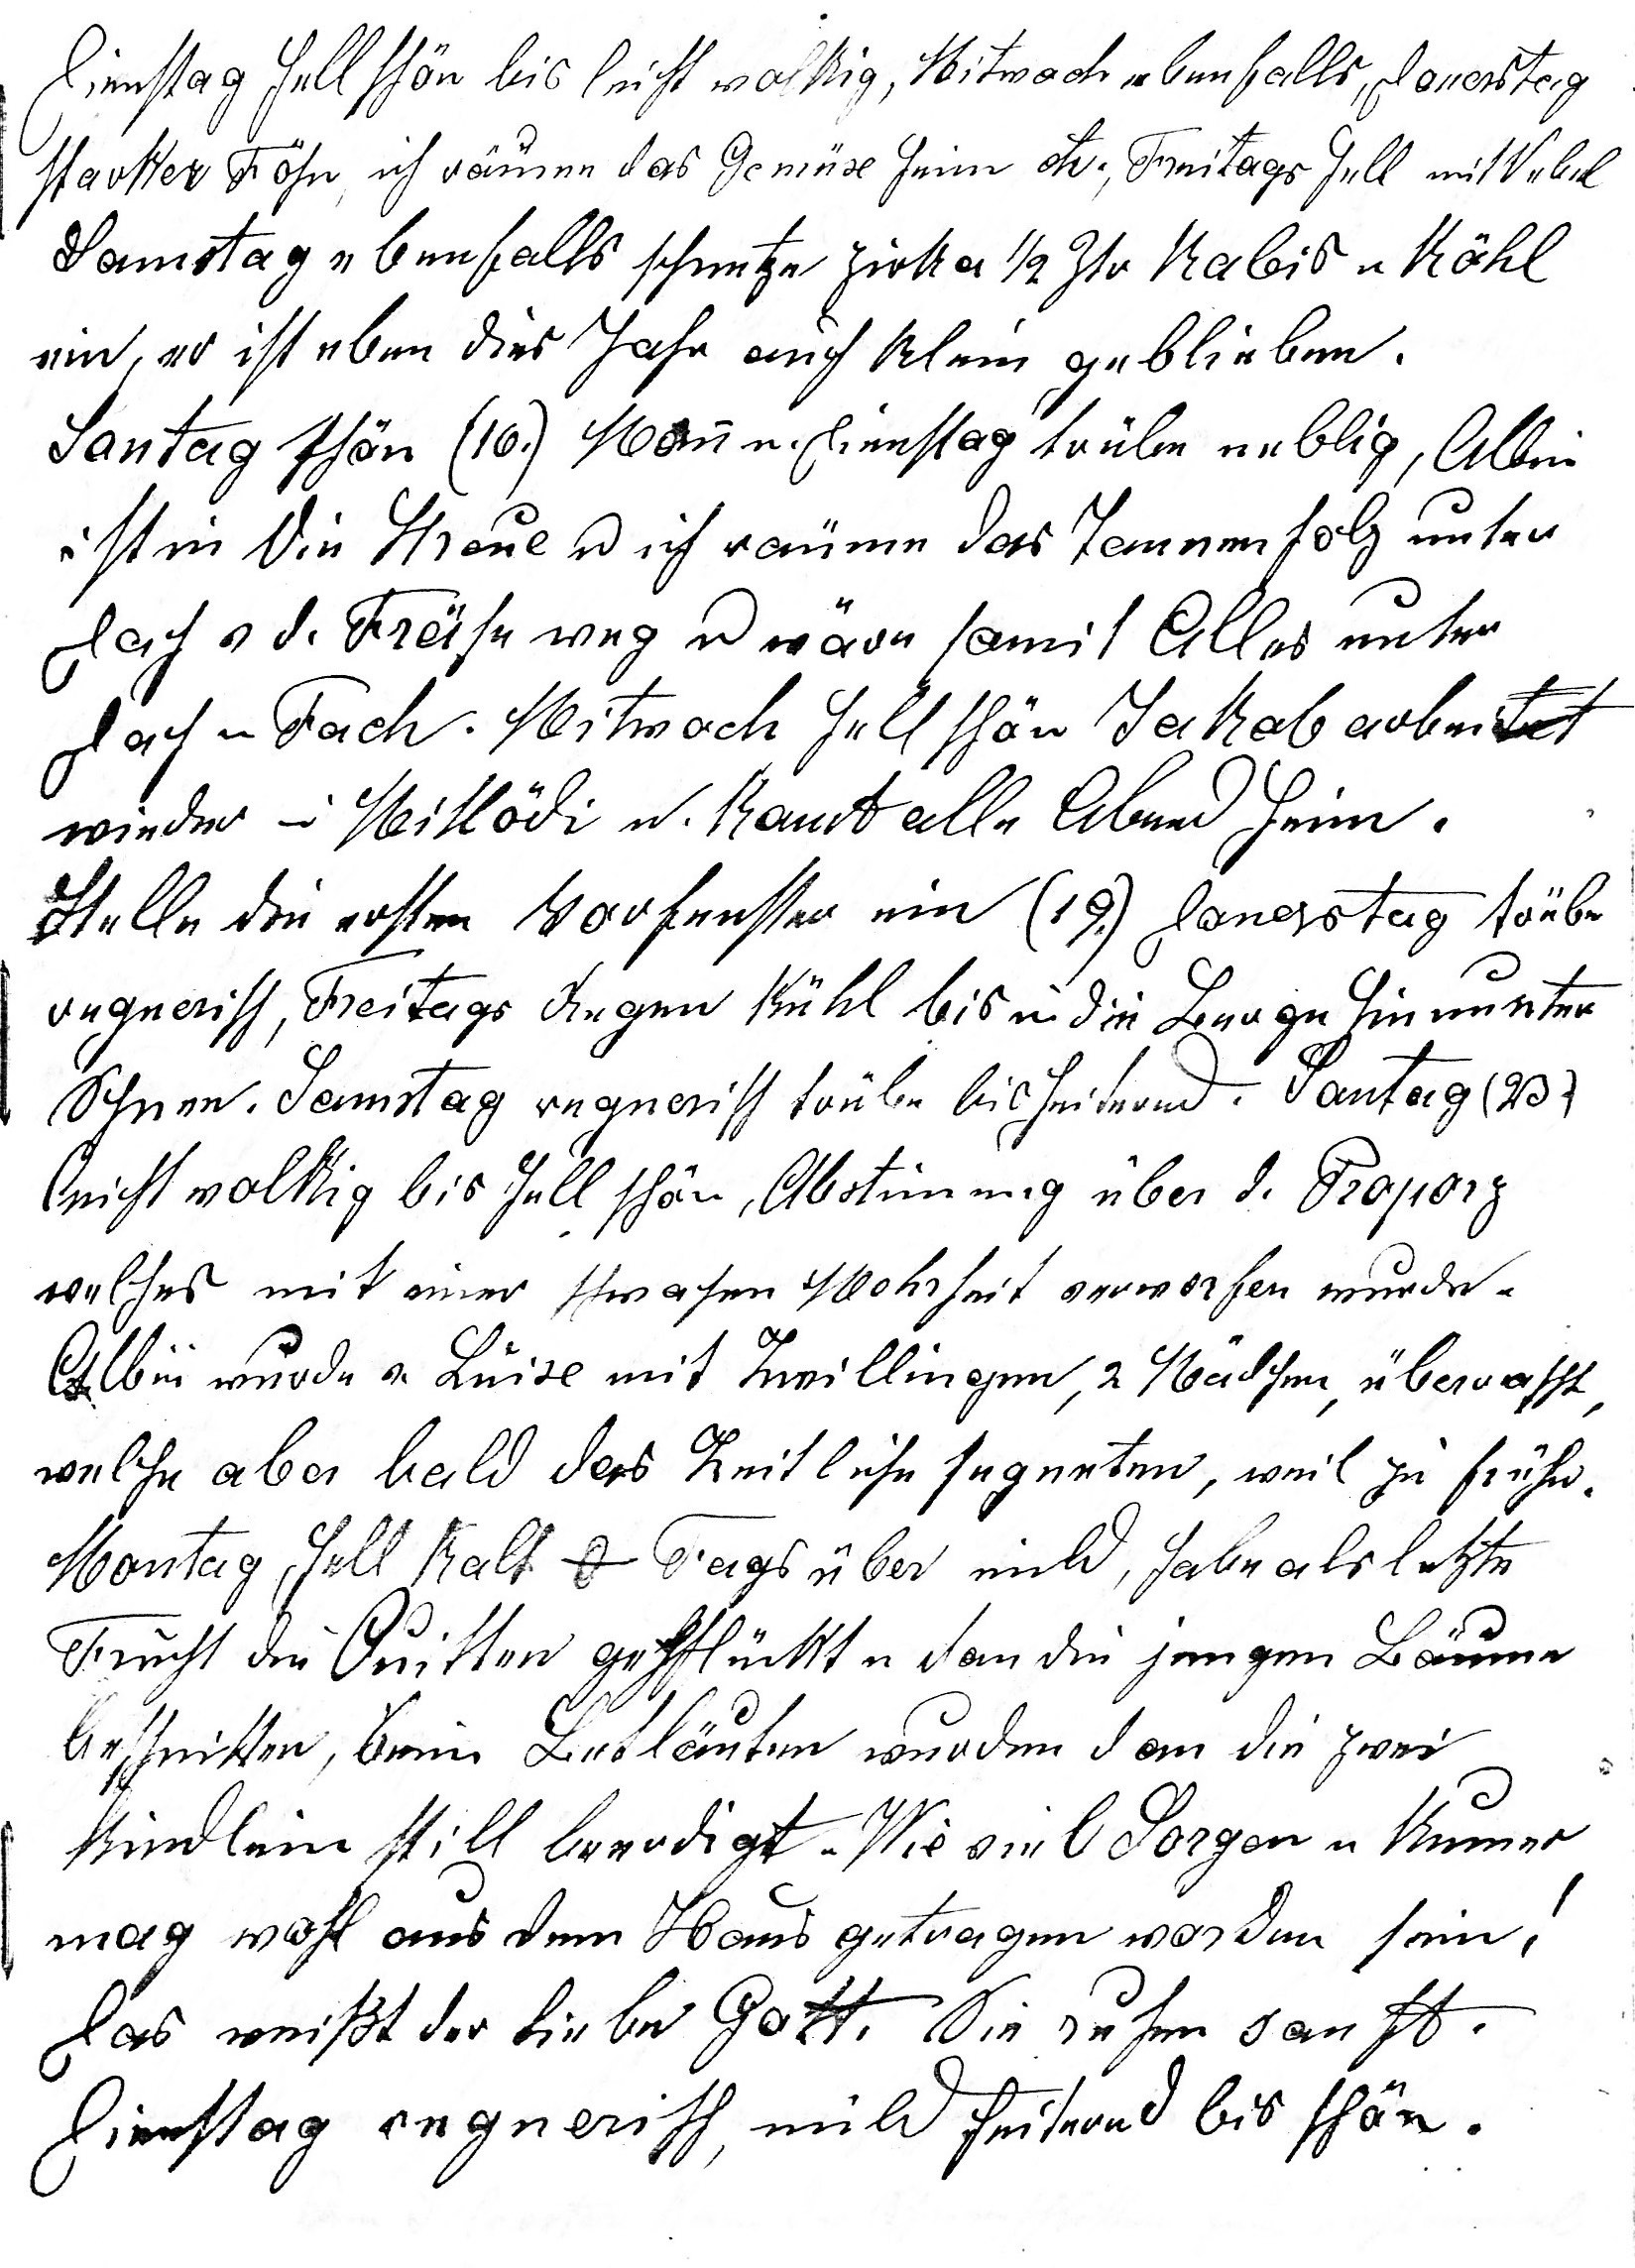
Dienstag hell schön bis leicht wolkig, Mitwoch ebenfalls, Donerstag
starker Föhn, ich räume das Gemüse heim etc., Freitags hell mit Nebel
Samstag ebenfalls schnetze zirka ½ Ztr. Kabis u Köhl
ein, er ist eben dies Jahr auch klein geblieben.
Sontag schön (16.) Mon- u Dienstag trübe neblig, Albin
ist in die Streue u ich räume das Tannenholz unter
Dach v. d. Frühe weg u wäre somit Alles unter
Dach u Fach. Mitwoch hell schön Jakob arbeitet
wieder in Mitlödi u komt alle Abend heim.
Stelle die ersten Vorfenster ein (19.) Donerstag trübe
regnerisch, Freitags Regen kühl bis in die Berge hinunter
Schnee. Samstag regnerisch trübe bis heiternd. Sontag (23.)
leicht wolkig bis hell schön, Abstimmung über d. Proporz
welches mit einer schwachen Mehrheit verworfen wurde.
Albin wurde v. Luise mit Zwillingen, 2 Mädchen, überrascht,
welche aber bald das Zeitliche segneten, weil zu früh.
Montag, hell kalt 0o. Tagsüber mild, habe als letzte
Frucht die Quitten gepflückt u dan die jungen Bäume
beschnitten, beim Betläuten wurden dan die zwei
Kindlein still beerdigt. Wie viel Sorgen u Kumer
mag wohl aus dem Haus getragen worden sein.
Das weiss der liebe Gott. Sie ruhen sanft.
Dienstag regnerisch, mild heiternd bis schön.